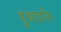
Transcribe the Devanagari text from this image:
हुआडाँग